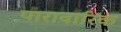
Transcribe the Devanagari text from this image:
पारावारिक